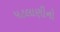
પટલાણીનો